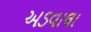
અડવાલા